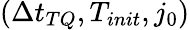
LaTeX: \left(\Delta t_{TQ},T_{init},j_{0}\right)